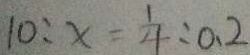
1 0 : x = \frac { 1 } { 4 } : 0 . 2